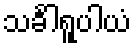
သင်္ခါရူပါယံ